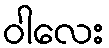
ဝါလေး